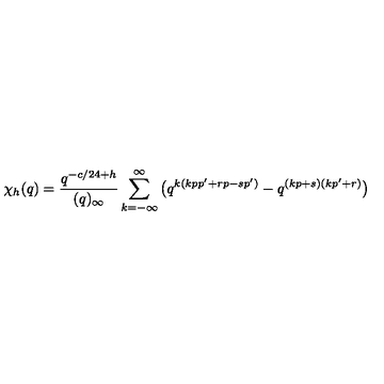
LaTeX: \chi _ { h } ( q ) = { \frac { q ^ { - c / 2 4 + h } } { ( q ) _ { \infty } } } \sum _ { k = - \infty } ^ { \infty } \big ( q ^ { k ( k p p ^ { \prime } + r p - s p ^ { \prime } ) } - q ^ { ( k p + s ) ( k p ^ { \prime } + r ) } \big )